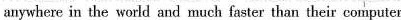
anywhere in the world and much faster than their conputer